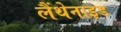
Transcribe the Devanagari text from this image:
लैंथेनाइड